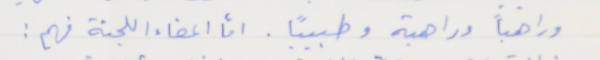
وراهباً وراهبة وطبيبًا. امّا اعضاء اللجنة فهم: